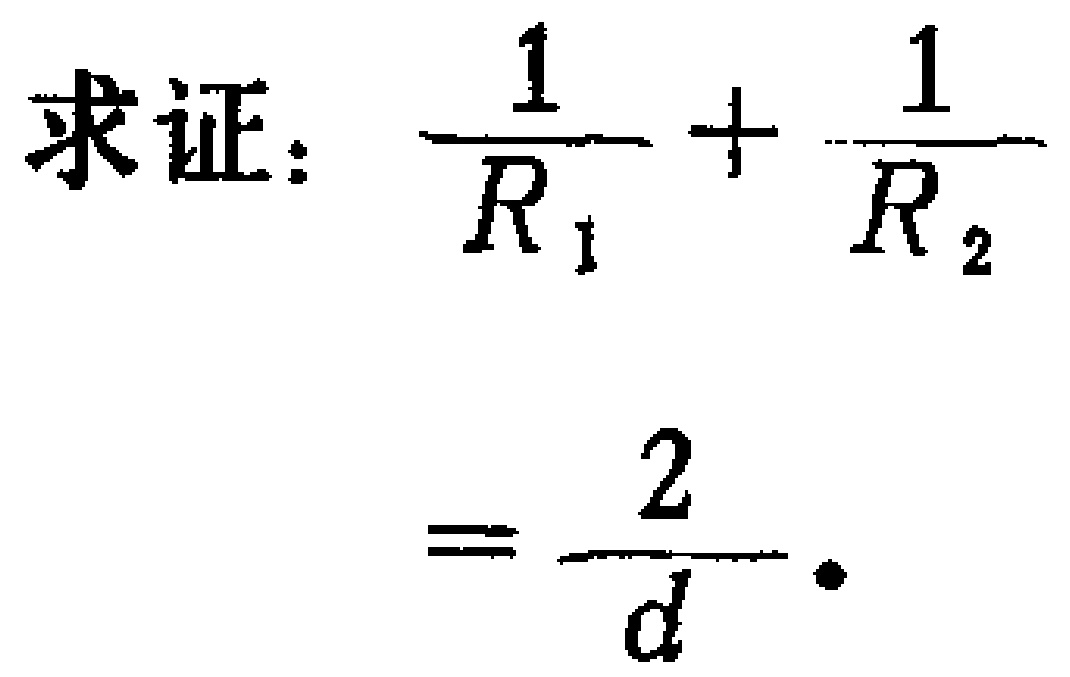
求证：\(\frac{1}{R_{1}} + \frac{1}{R_{2}}=\frac{2}{d}\)